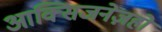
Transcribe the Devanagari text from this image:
आक्सिजनेज़हो